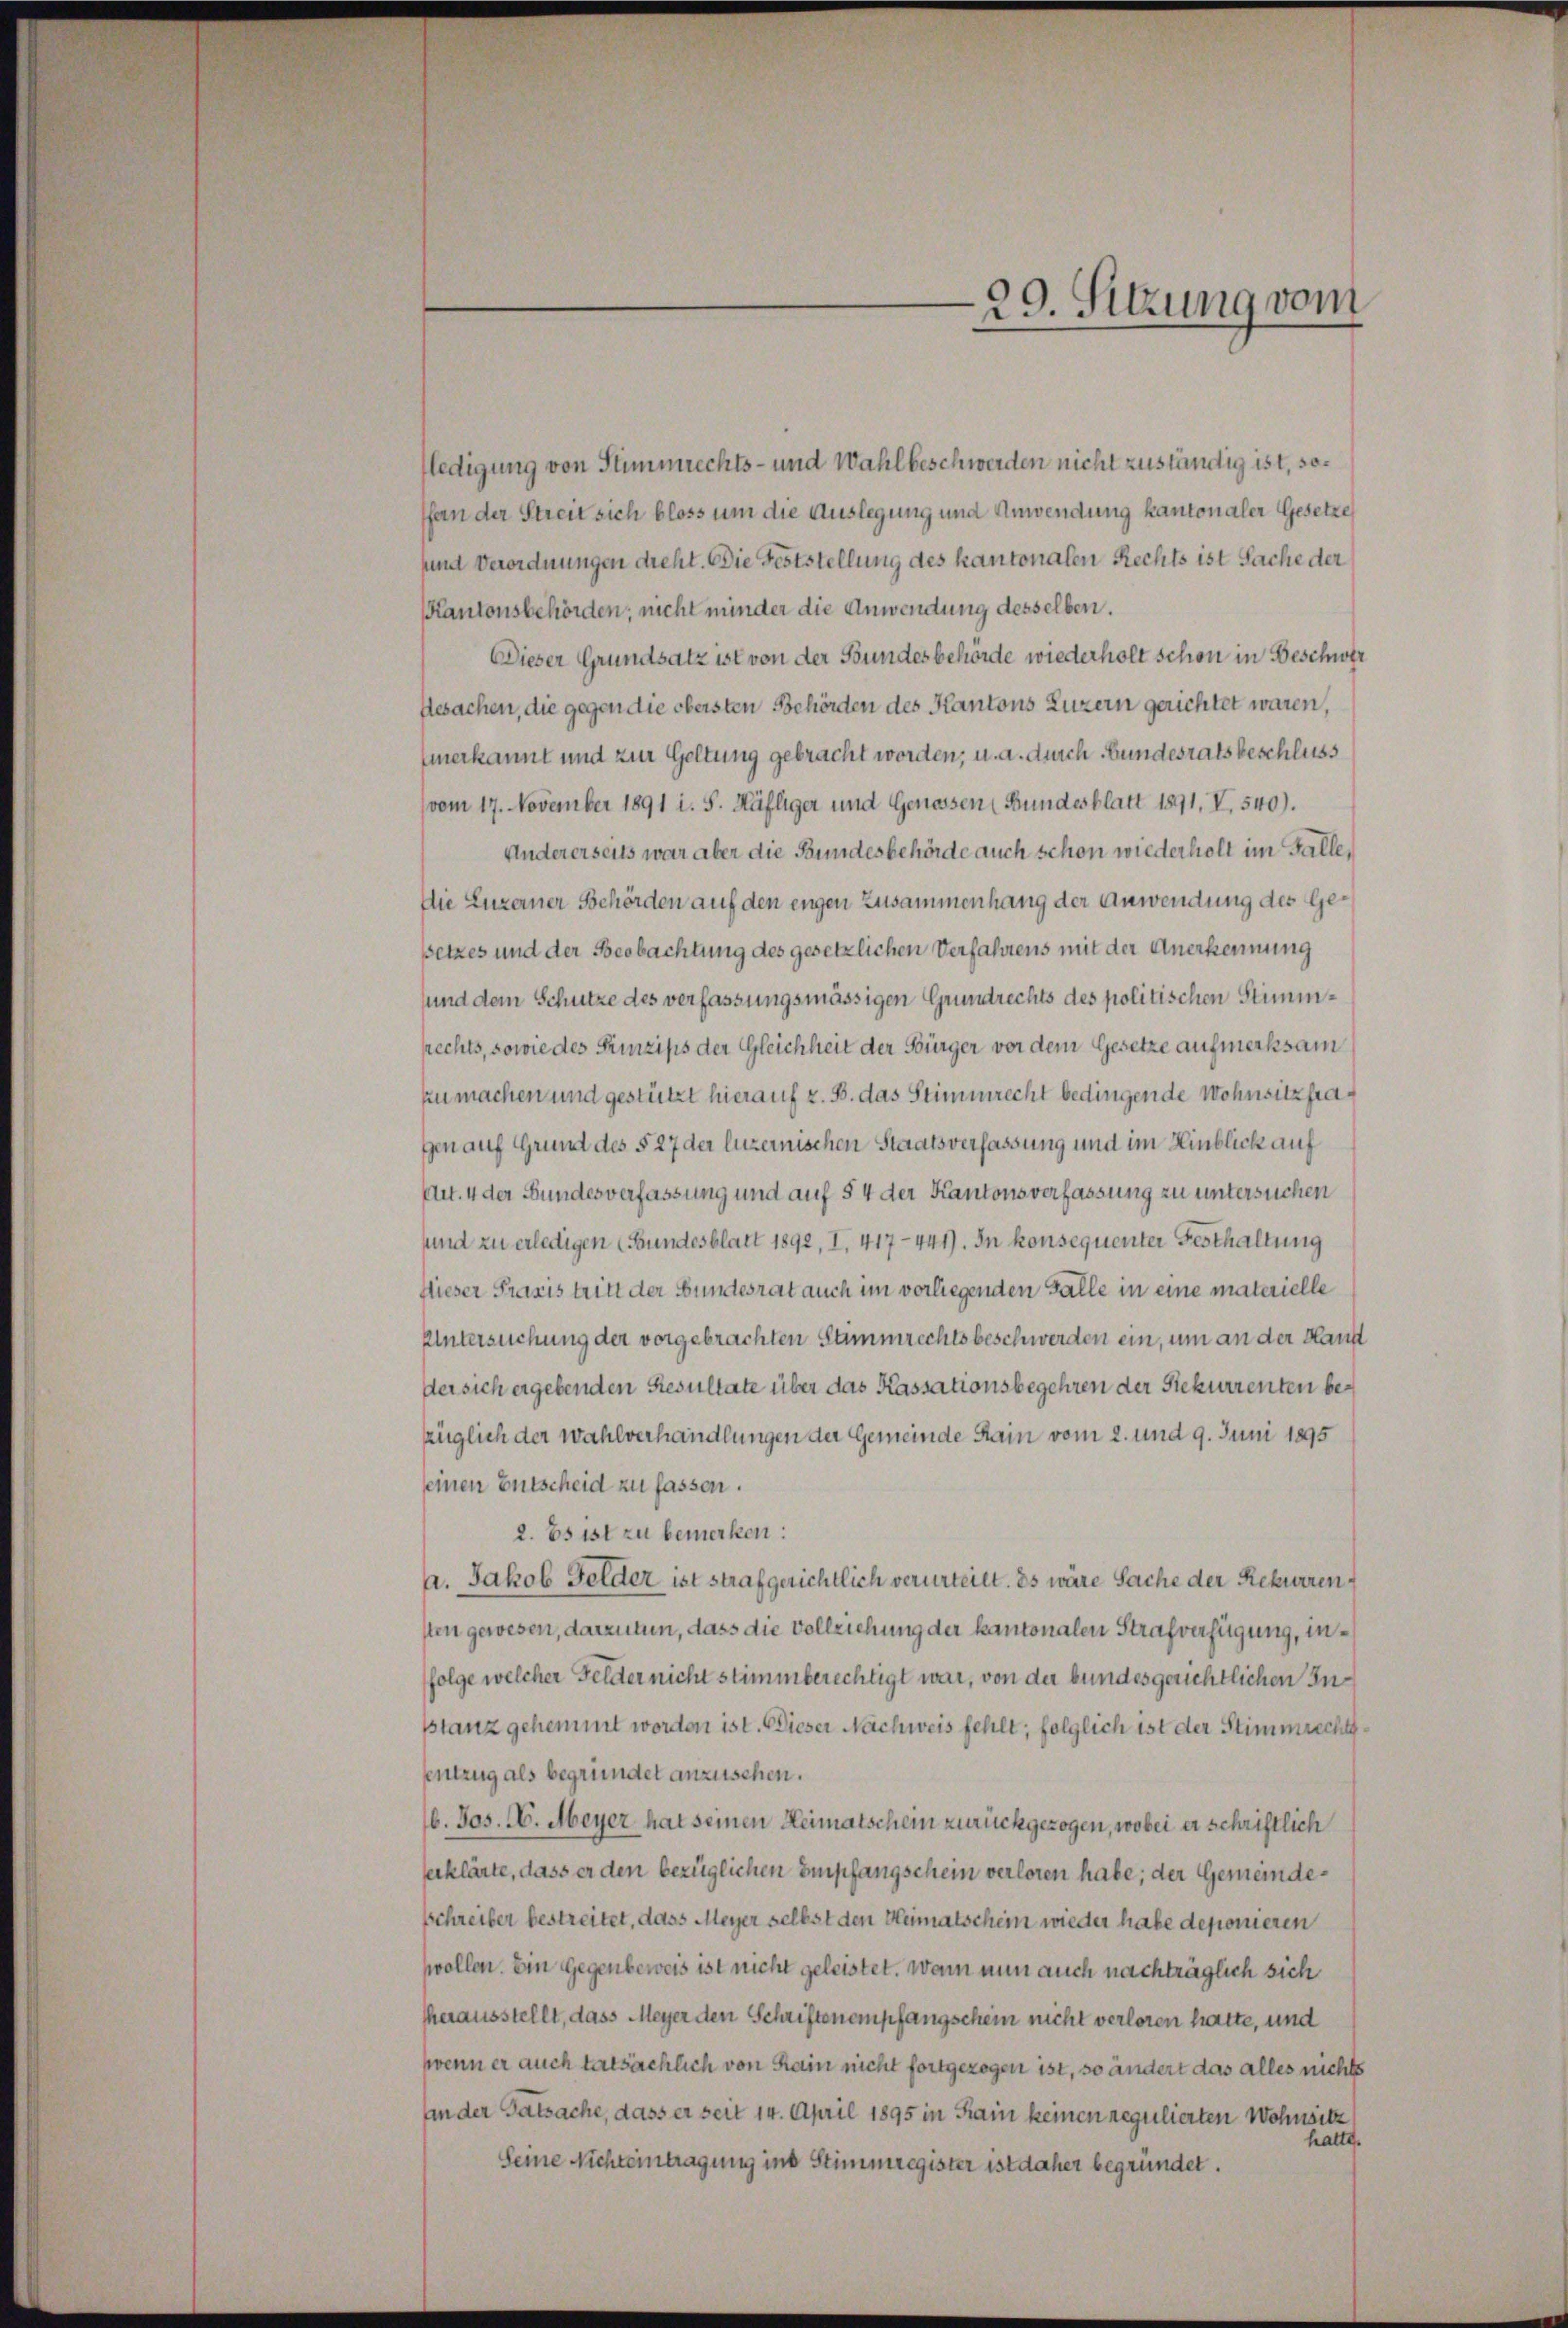
29. Sitzung vom

fledigung von Stimmrechts- und Wahl beschwerden nicht zuständig ist, soffan der Streit sich bloss um die Auslegung und Anwendung kantonaler Gesetze
sund Verordnungen dreht. Die Feststellung des kantonalen Rechts ist Sache der
Kantonsbehörden, nicht minder die Anwendung desselben.
Dieser Grundsatz ist von der Bundesbehörde wiederholt schon in Beschwer
Resachen, die gegen die obersten Behörden des Kantons Luzern gerichtet waren,
Einerkannt und zur Geltung gebracht worden, u. a. durch Bundesrats beschluss
vom 17. November 1891 i. S. Häfliger und Genossen (Bundesblatt 1891, V. 540).
Andererseits war aber die Bundesbehörde auch schon wiederholt im Falle,
Die Luzerner Behörden auf den engen Zusammenhang der Anwendung des Gesetzes und der Beobachtung des gesetzlichen Verfahrens mit der Anerkennung
sund dem Schütze des verfassungsmässigen Grundrechts des politischen Stimmprechts, sowie des Prinzips der Gleichheit der Bürger vor dem Gesetze aufmerksam
zu machen und gestützt hierauf z. B. das Stimmrecht bedingende Wohnsitzfragen auf Grund des § 27 der luzernischen Staatsverfassung und im Hinblick auf
Art. 4 der Bundesverfassung und auf § 4 der Kantonsverfassung zu untersuchen
sund zu erledigen (Bundesblatt 1892, I. 417-441). In konsequenter Festhaltung
flieser Praxis tritt der Bundesrat auch im vorliegenden Falle in eine materielle
Untersuchung der vorgebrachten Stimmrechtsbeschwerden ein, um an der Kauf
der sich ergebenden Resultate über das Kassationsbegehren der Rekurrenten bezüglich der Wahlverhandlungen der Gemeinde Rain vom 2. und 9. Juni 1895
seinen Entscheid zu fassen.
2. Es ist zu bemerken:
a. Jakob Felder ist strafgerichtlich verurteilt. Es wäre Sache der Rekurrensten gewesen, darzutun, dass die Vollziehung der kantonalen Strafverfügung, infolge welcher Felder nicht stimmberechtigt war, von der bundesgerichtlichen Insstanz gehemmt worden ist. Dieser Nachweis fehlt, folglich ist der Stimmrecht¬
Entzug als begründet anzusehen.
b. Jos. M. Meyer hat seinen Heimatschein zurückgezogen, wobei er schriftlich
serklärte, dass er den bezüglichen Empfangschein verloren habe; der Gemeinde¬
Schreiber bestreitet, dass Meyer selbst den Heimatschein wieder habe deponieren
wollen. Ein Gegenbeweis ist nicht geleistet. Wann nun auch nachträglich sich
herausstellt, dass Meyer den Schriftenempfangschein nicht verloren hatte, und
wenn er auch tatsächlich von Rain nicht fortgezogen ist, so ändert das alles nichts
an der Tatsache, dass er seit 14. April 1895 in Rain keinen regulierten Wohnsitz
hatte.
Seine Nichteintragung ins Stimmregister ist daher begründet.